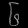
Digit: ၆